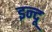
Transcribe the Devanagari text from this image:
इन्‍दू